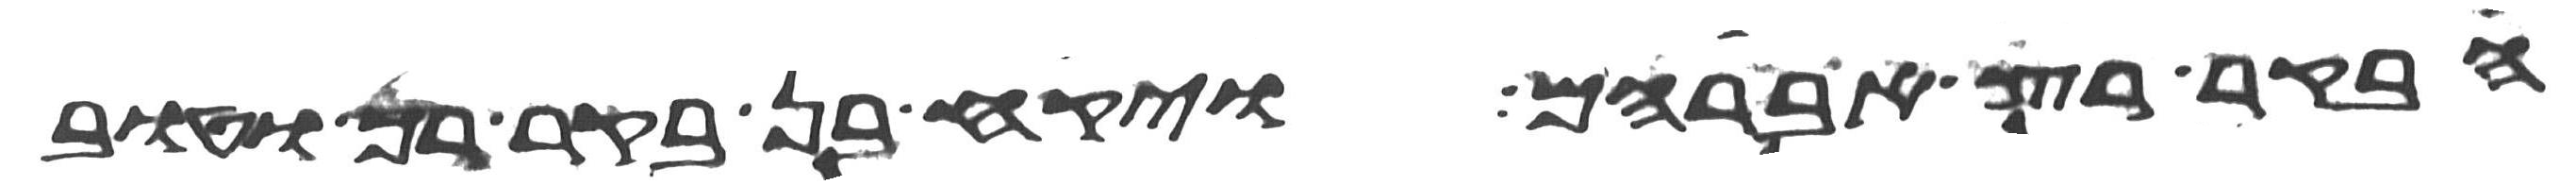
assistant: הבקר רץ אברהם ויקח בן בקר רך וטוב